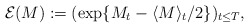
\begin{align*}\mathcal{E}(M):= (\exp\{M_t- \langle M \rangle_t/2\})_{t\leq T},\end{align*}